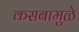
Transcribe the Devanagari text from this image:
कसबामुळे